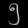
Digit: ၅